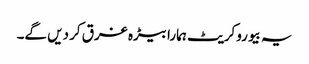
یہ بیوروکریٹ ہمارا بیڑہ غرق کر دیں گے۔